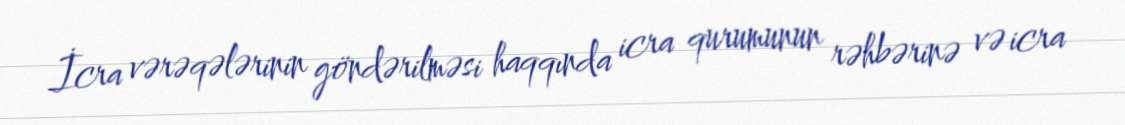
İcra vərəqələrinin göndərilməsi haqqında icra qurumunun rəhbərinə və icra